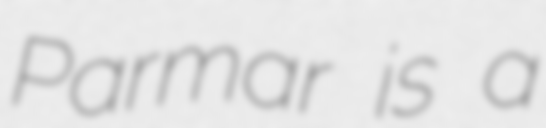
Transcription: Parmar is a